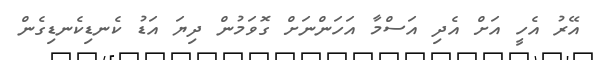
އޭރު އެހީ އަށް އެދި އަސްމާ އަހަންނަށް ގޮވަމުން ދިޔަ އަޑު ކެނޑިކެނޑިގެން